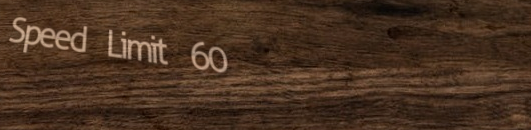
Speed Limit 60